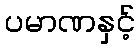
ပမာဏနှင့်